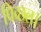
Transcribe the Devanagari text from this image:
पिच्छल।